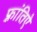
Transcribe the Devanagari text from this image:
फ़्रांतिऐ